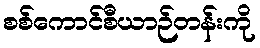
စစ်ကောင်စီယာဉ်တန်းကို